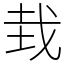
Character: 㘽